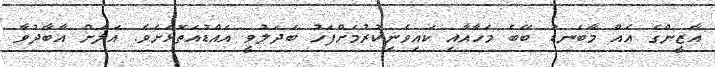
އާޒީންގެ އެއް މާބަނޑު ބޭބެ މަހާއާއި ކައިވެނިކުރުމަށްފަހު ބަދަލުވީ އައްޑުއަތޮޅަށެވެ. އަލަށް އާބާދުވާ